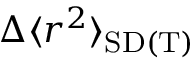
\Delta \langle r ^ { 2 } \rangle _ { \mathrm { S D ( T ) } }